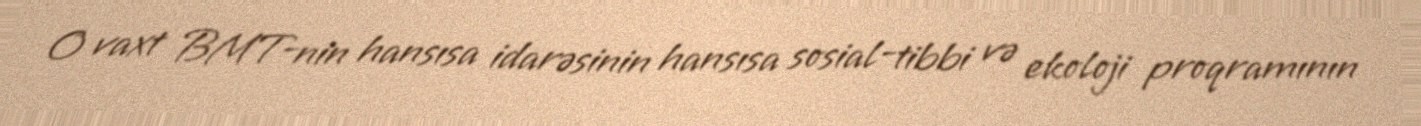
O vaxt BMT-nin hansısa idarəsinin hansısa sosial-tibbi və ekoloji proqramının